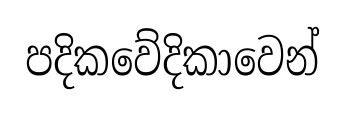
පදිකවේදිකාවෙන්